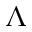
\boldsymbol { \Lambda }